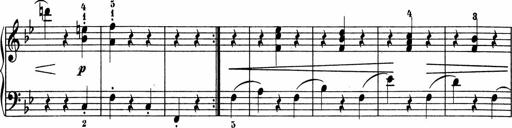
Title: 5 Sonatinen fÃ¼r die Jugend
Composer: Carl Reinecke